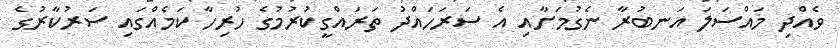
ވެއްދި މައްސަލަ އަނބުރާ ނެގުމަށާއި އެ ސަރަހައްދު ތަރައްގީކުރުމުގެ ހުރިހާ ކަމެއްގައި ސަރުކާރުގެ